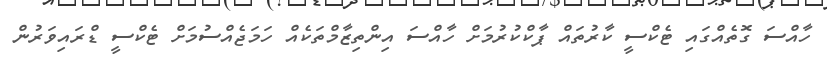
ހާއްސަ ގޮތެއްގައި ޓެކްސީ ކާރުތައް ޕާކްކުރުމަށް ހާއްސަ އިންތިޒާމްތަކެއް ހަމަޖެއްސުމަށް ޓެކްސީ ޑްރައިވަރުން